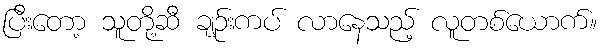
ပြီးတော့ သူတို့ဆီ ချဉ်းကပ် လာနေသည့် လူတစ်ယောက်။